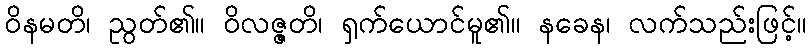
ဝိနမတိ၊ ညွတ်၏။ ဝိလဇ္ဇတိ၊ ရှက်ယောင်မူ၏။ နခေန၊ လက်သည်းဖြင့်။